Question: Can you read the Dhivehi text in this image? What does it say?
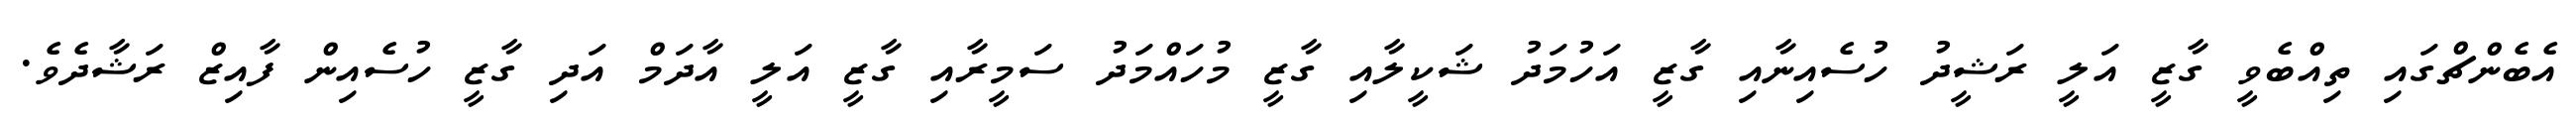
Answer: އެބެންޗްގައި ތިއްބެވީ ގާޒީ އަލީ ރަޝީދު ހުސެއިނާއި ގާޒީ އަހުމަދު ޝަކީލާއި ގާޒީ މުހައްމަދު ސަމީރާއި ގާޒީ އަލީ އާދަމް އަދި ގާޒީ ހުސެއިން ފާއިޒް ރަޝާދެވެ.